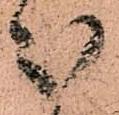
心